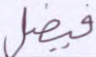
فيضل